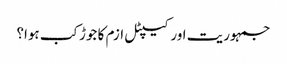
جمہوریت اور کیپٹل ازم کا جوڑ کب ہوا؟